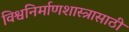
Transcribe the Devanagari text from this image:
विश्वनिर्माणशास्त्रासाठी